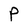
Character: P